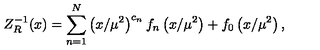
Z _ { R } ^ { - 1 } ( x ) = \sum _ { n = 1 } ^ { N } \left( x / \mu ^ { 2 } \right) ^ { c _ { n } } f _ { n } \left( x / \mu ^ { 2 } \right) + f _ { 0 } \left( x / \mu ^ { 2 } \right) ,